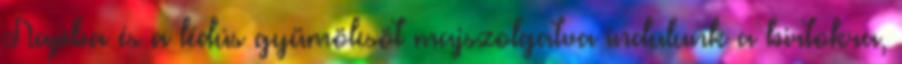
Napba és a lédús gyümölcsöt majszolgatva indulunk a birtokra,